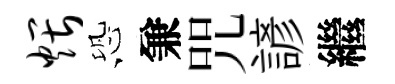
煨恐兼咒諺繼